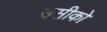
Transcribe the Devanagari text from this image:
उसीको